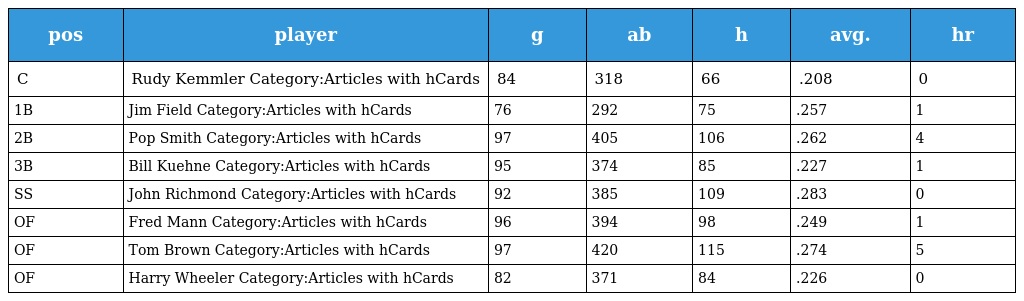
| pos | player | g | ab | h | avg. | hr |
 | --- | --- | --- | --- | --- | --- | --- |
 | C | Rudy Kemmler Category:Articles with hCards | 84 | 318 | 66 | .208 | 0 |
 | 1B | Jim Field Category:Articles with hCards | 76 | 292 | 75 | .257 | 1 |
 | 2B | Pop Smith Category:Articles with hCards | 97 | 405 | 106 | .262 | 4 |
 | 3B | Bill Kuehne Category:Articles with hCards | 95 | 374 | 85 | .227 | 1 |
 | SS | John Richmond Category:Articles with hCards | 92 | 385 | 109 | .283 | 0 |
 | OF | Fred Mann Category:Articles with hCards | 96 | 394 | 98 | .249 | 1 |
 | OF | Tom Brown Category:Articles with hCards | 97 | 420 | 115 | .274 | 5 |
 | OF | Harry Wheeler Category:Articles with hCards | 82 | 371 | 84 | .226 | 0 |